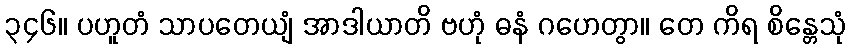
၃၄၆။ ပဟူတံ သာပတေယျံ အာဒါယာတိ ဗဟုံ ဓနံ ဂဟေတွာ။ တေ ကိရ စိန္တေသုံ